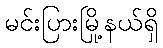
မင်းပြားမြို့နယ်ရှိ